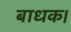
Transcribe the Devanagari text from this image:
बाधक।